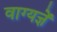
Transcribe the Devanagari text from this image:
वाग्यज्ञें